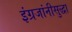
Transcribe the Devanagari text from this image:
इंग्रजांनीसुद्धा